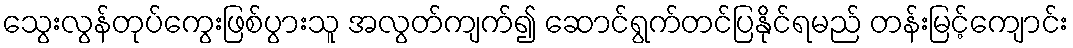
သွေးလွန်တုပ်ကွေးဖြစ်ပွားသူ အလွတ်ကျက်၍ ဆောင်ရွက်တင်ပြနိုင်ရမည် တန်းမြင့်ကျောင်း